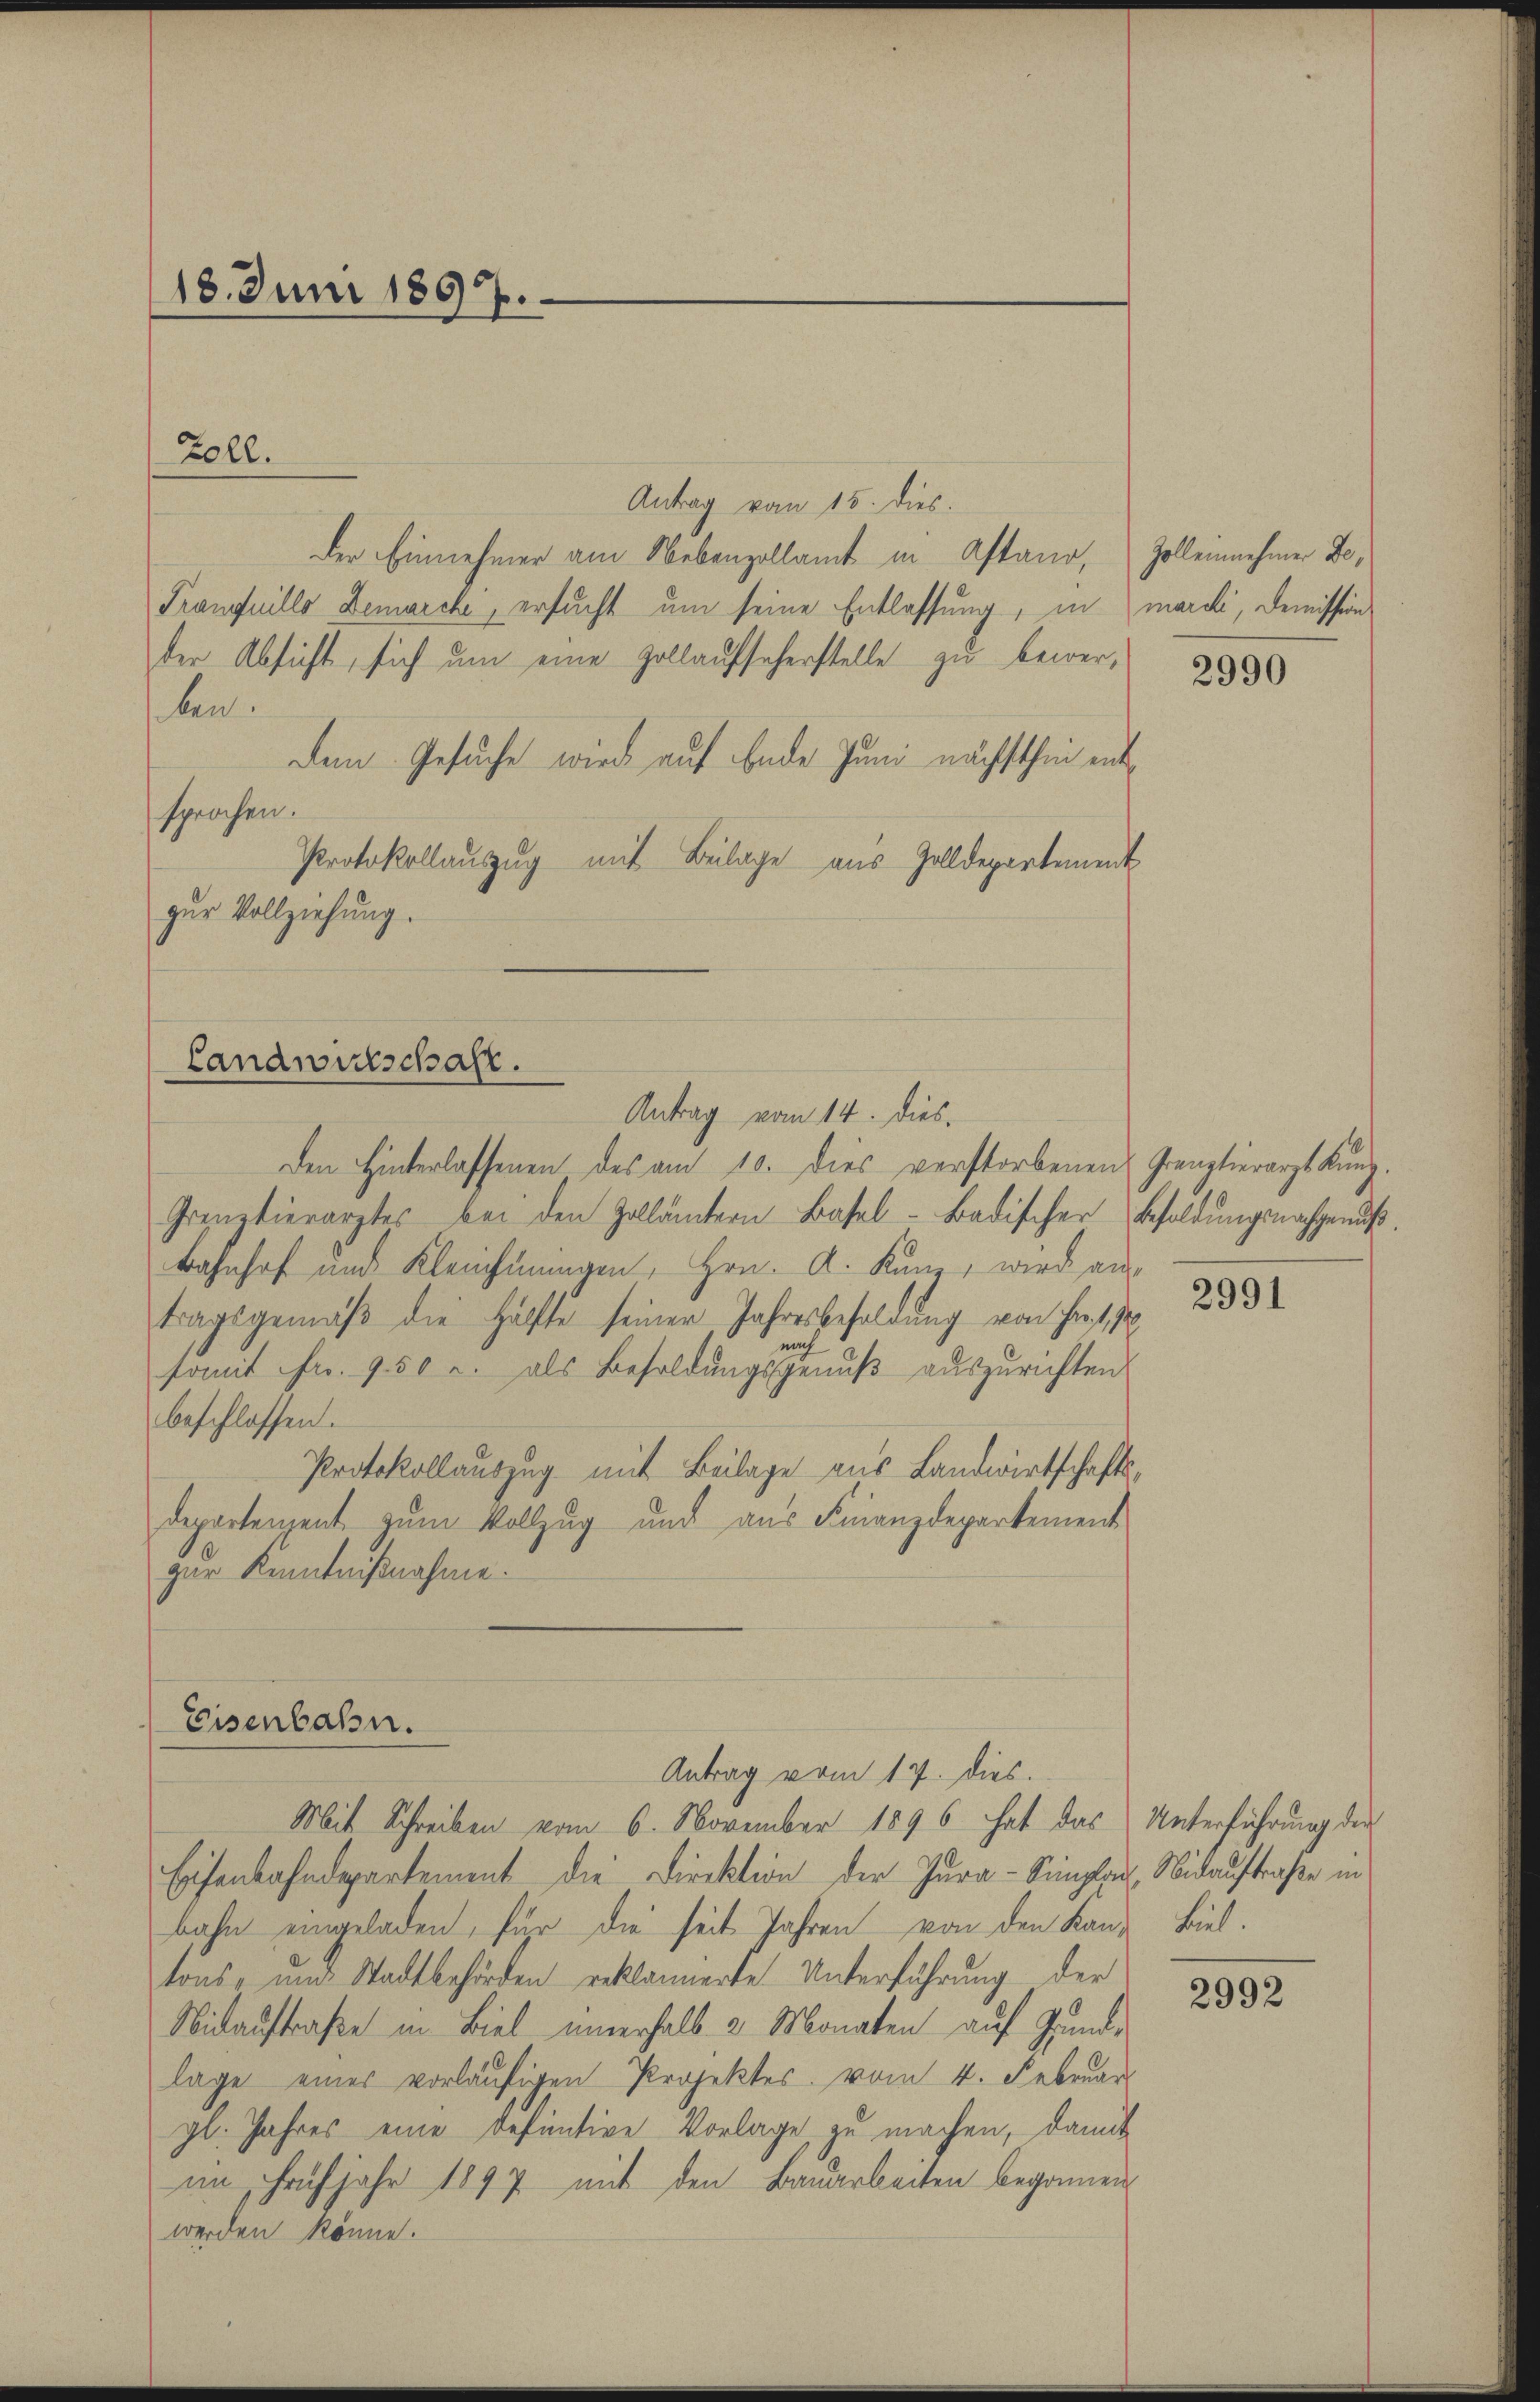
18. Juni 1897.

Antrag vom 15. dies.
der Einnehmer am Nebenzollamt in Astand, Zollennehmer De¬
Tranquillo Demarche, ersucht um seine Entlassung, in marchi, Demission
der Absicht, sich um eine Zollaufseherstelle zu bewerben
Dem Gesuche wird auf Ende Juni nächsthin entsprochen.
Protokollauszug mit Beilage aus Zolldepartement
zur Vollziehung.

Zoll.

Den Hinterlassenen des am 10. dies verstorbenen Ganztierarzt Kunz.
Grentierarztes bei den Zollämtern Basel-Badischer Besoldŭngsnachgenuß.
Bahnhof und Kleichnungen, Hrn. A. Kunz, wird aus
tragsgemäß die Hälfte seiner Jahresbesoldung von Fr. 17
somit Fr. 950 u. als Besoldungsgenuß auszurichten
beschlossen.
Protokollauszug mit Beilage aus Landwirtschaftsdepartenzent zum Vollzug und aus Finanzdepartement
zur Kenntnißnahme.

Landwirtschaft.
Antrag vom 14. dies

Eisenbahn.
Antrag vom 17. dies.

Mit Schreiben vom 6. November 1896 hat das Unterführung der
Eisenbahndepartement die Direktion der Jura-Simpflanz, Nidaustraße in
bahn eingeladen, für die seit Jahren von den Kand Biel.
tons, um Stadtbehörden reklamierte Unterführung der
Nidaustraße in Biel innerhalb 3 Monaten auf Grund-
lage eines vorläufigen Projektes. vom 4. Februar
gl. Jahres eine defuntive Vorlage zu machen, damit
im Frühjahr 1897 mit den Bauarbeiten begonnen
werden könne.

2990

2991

2992